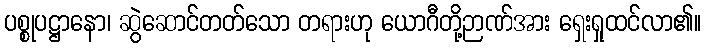
ပစ္စုပဋ္ဌာနော၊ ဆွဲဆောင်တတ်သော တရားဟု ယောဂီတို့ဉာဏ်အား ရှေးရှုထင်လာ၏။